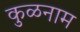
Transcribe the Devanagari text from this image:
कुळनाम